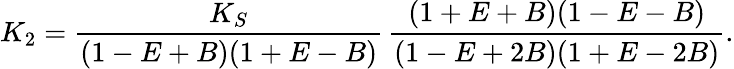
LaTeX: K_{2}=\frac{K_{S}}{(1-E+B)(1+E-B)}\, \frac{(1+E+B)(1-E-B)}{(1-E+2B)(1+E-2B)}.